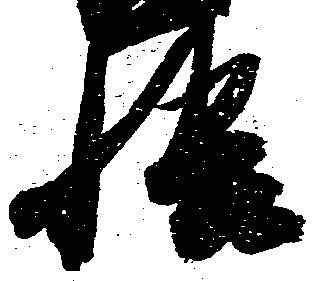
悟